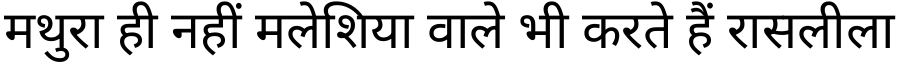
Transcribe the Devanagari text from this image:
मथुरा ही नहीं मलेशिया वाले भी करते हैं रासलीला